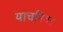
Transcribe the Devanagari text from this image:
याचनिवड